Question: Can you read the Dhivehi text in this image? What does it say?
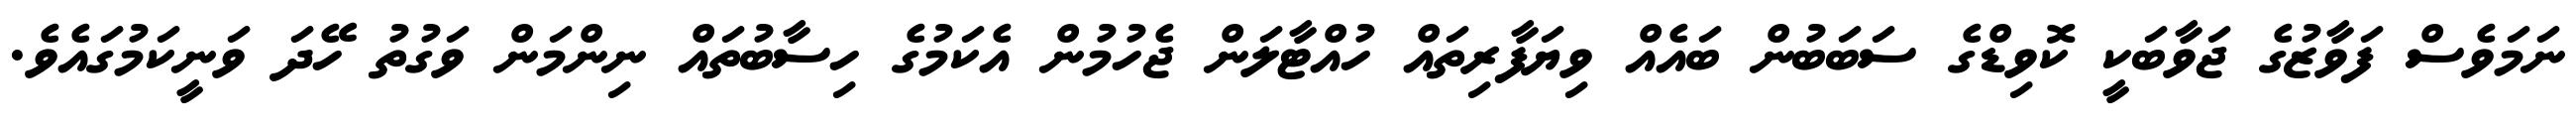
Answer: ނަމަވެސް ފަވާޒުގެ ޖަވާބަކީ ކޮވިޑްގެ ސަބަބުން ބައެއް ވިޔަފާރިތައް ހުއްޓާލަން ޖެހުމުން އެކަމުގެ ހިސާބުތައް ނިންމަން ވަގުތު ހޭދަ ވަނީކަމުގައެވެ.